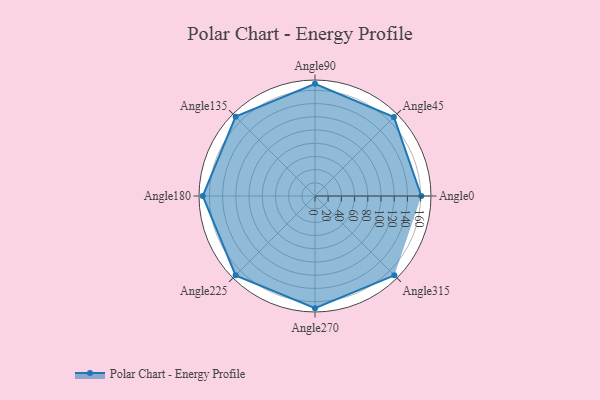
{"axis": {"x": "Angle", "y": "Radius"}, "legend": [""], "data": [{"x": "Angle0", "y": 161.0, "type": ""}, {"x": "Angle45", "y": 169.0, "type": ""}, {"x": "Angle90", "y": 170, "type": ""}, {"x": "Angle135", "y": 170, "type": ""}, {"x": "Angle180", "y": 170, "type": ""}, {"x": "Angle225", "y": 170, "type": ""}, {"x": "Angle270", "y": 170, "type": ""}, {"x": "Angle315", "y": 170, "type": ""}]}